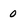
Character: 0